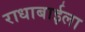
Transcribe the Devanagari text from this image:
राधाबाईला